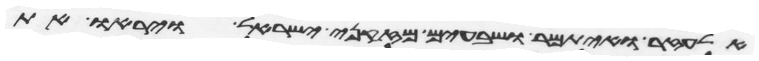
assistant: אלעזר ואיתמר ושבעים מזקני ישראל ויראו את